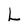
Character: L